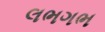
લભગભ